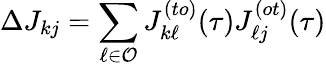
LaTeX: \Delta J_{kj}=\sum_{\ell\in\mathcal{O}}J_{k\ell}^{(to)}(\tau)J_{\ell j}^{(ot)}(\tau)